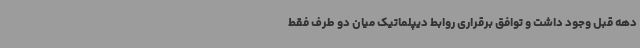
دهه قبل وجود داشت و توافق برقراری روابط دیپلماتیک میان دو طرف فقط